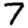
Digit: 7